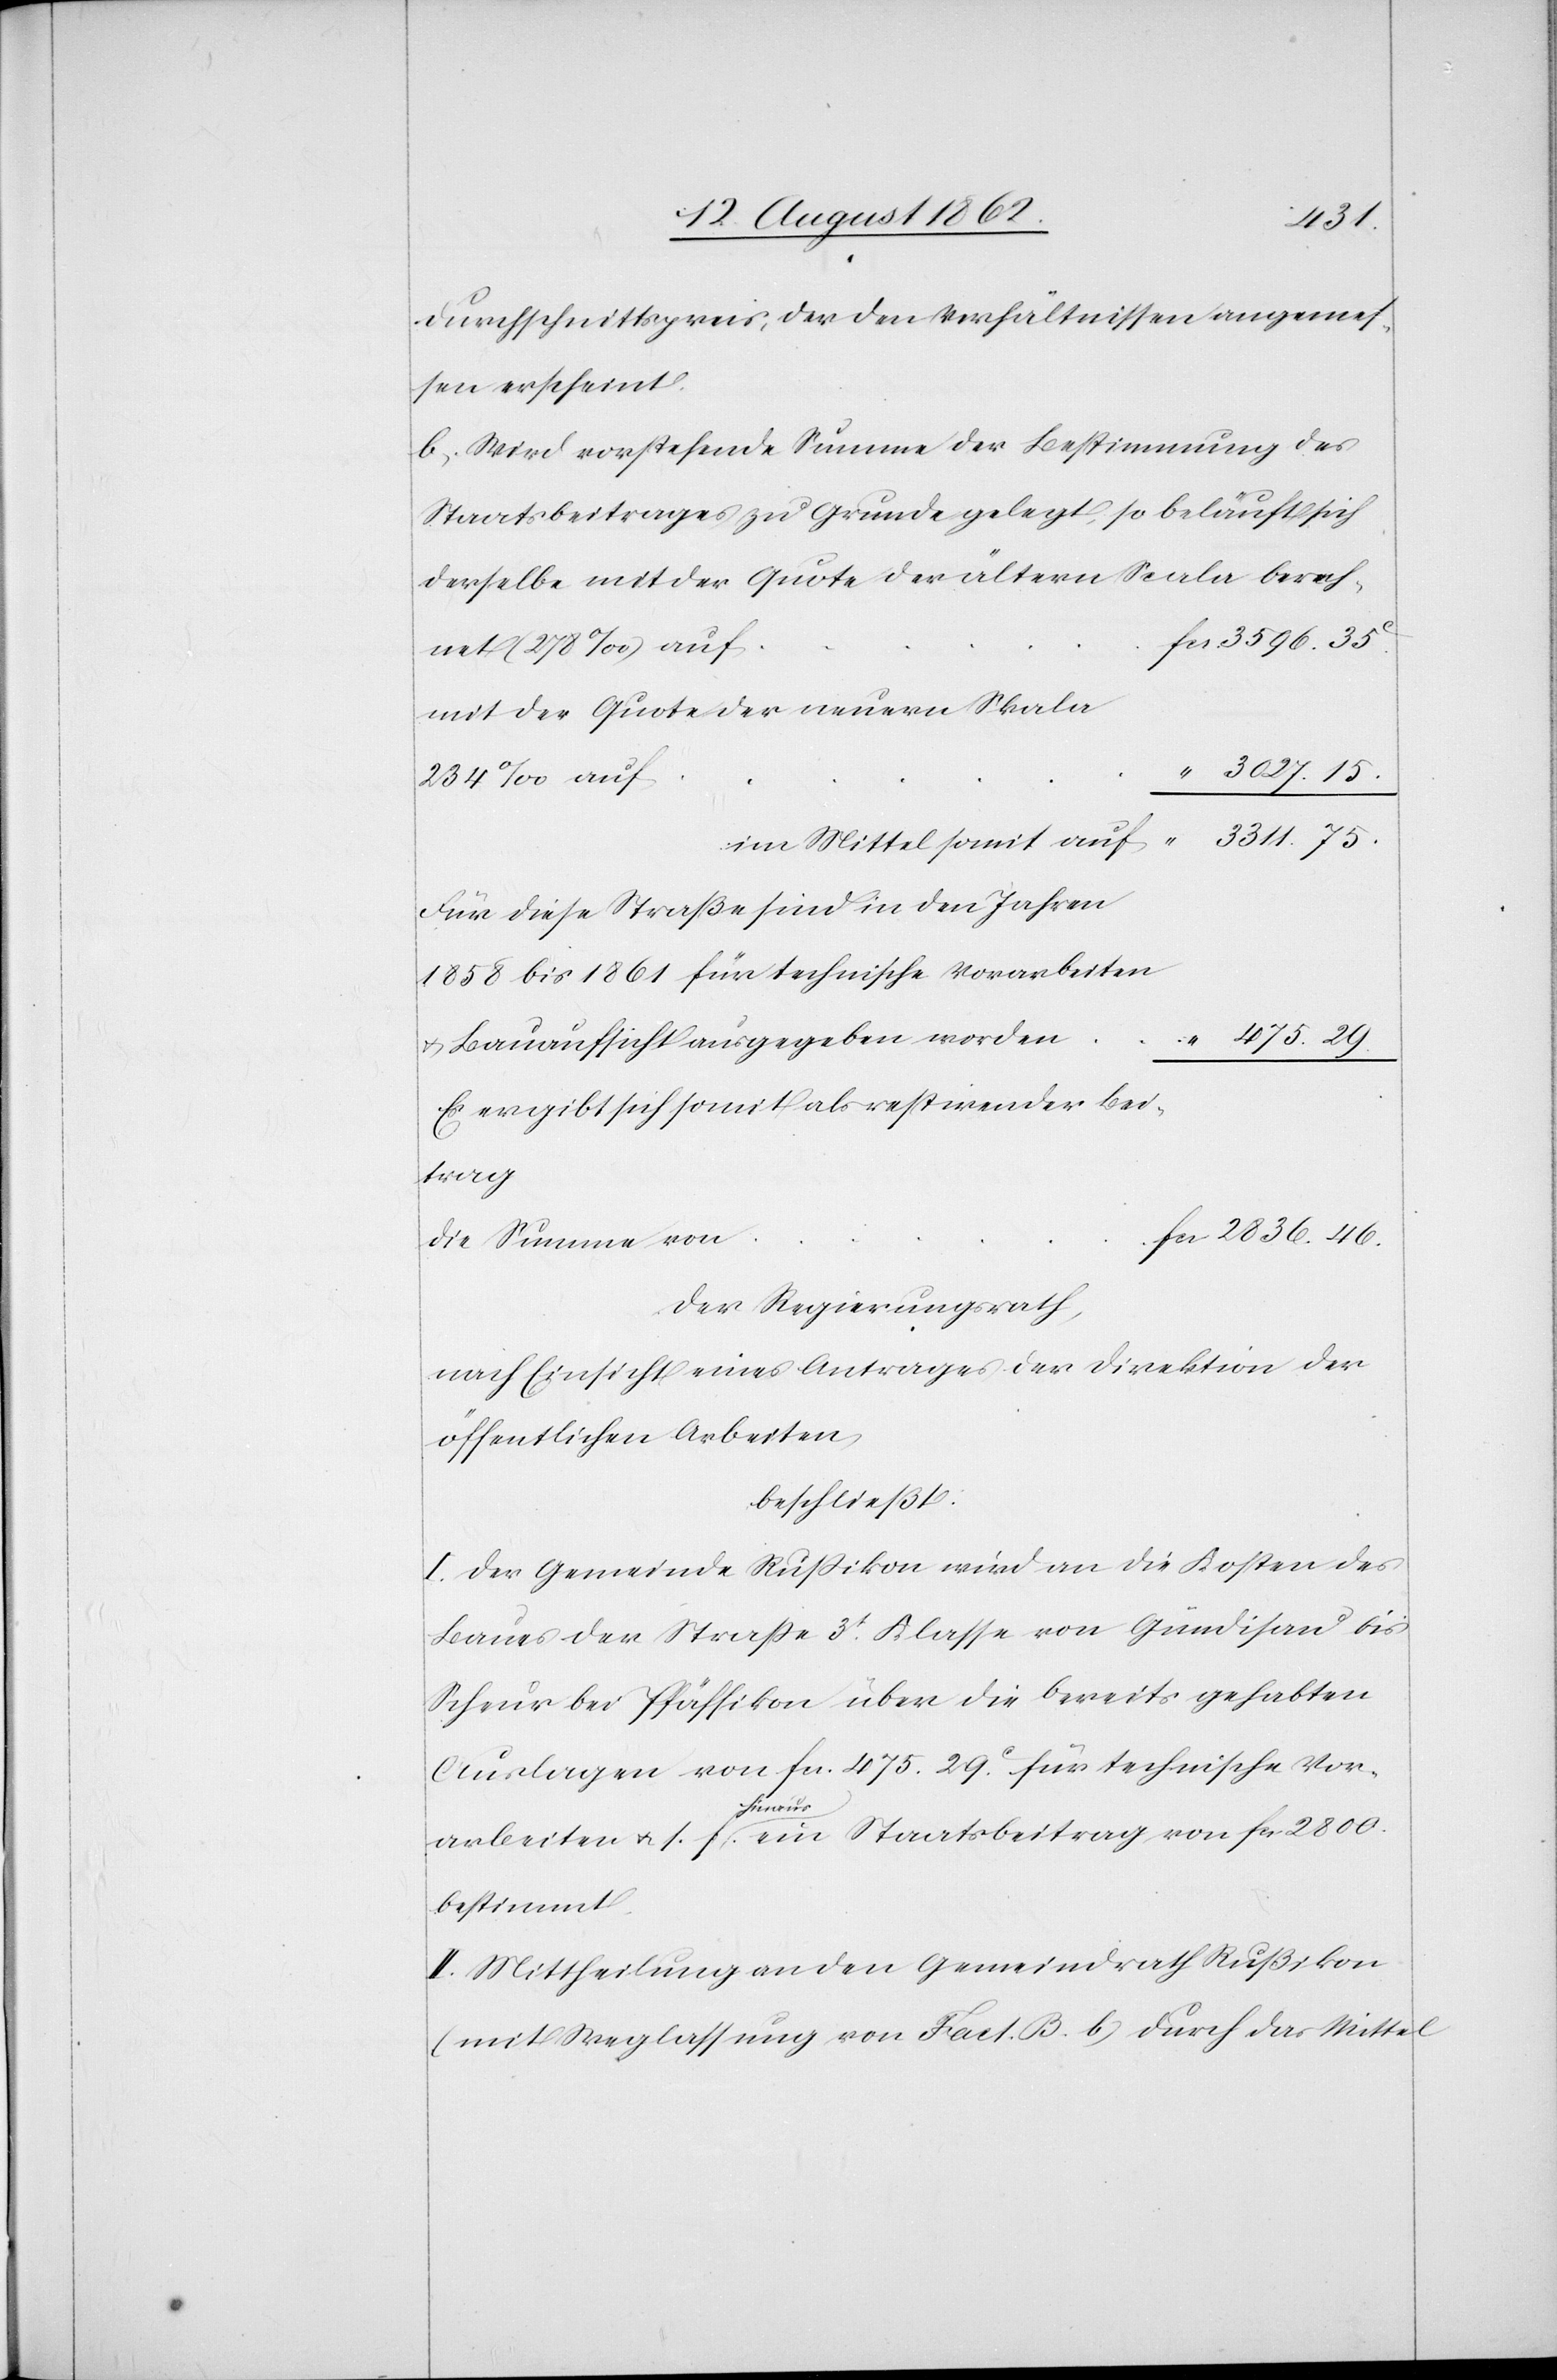
2836.
Durchschnittspreis, der den Verhältnissen angemes¬
sen erscheint.
b. Wird vorstehende Summe der Bestimmung des
Staatsbeitrages zu Grunde gelegt, so beläuft sich
derselbe mit der Quote der ältern Scala berech¬
net (278‰) auf
mit der Quote der neuern Skala
234‰ auf
im Mittel somit auf
Für diese Straße sind in den Jahren
1858 bis 1861 für technische Vorarbeiten
46.
u. Bauaufsicht ausgegeben worden
“
Es ergibt sich somit als restirender Bet¬
die Summe von
Der Regierungsrath,
nach Einsicht eines Antrages der Direktion der
öffentlichen Arbeiten,
beschließt:
I. Der Gemeinde Rußikon wird an die Kosten des
Baues der Straße 3t Klasse von Gündisau bis
Scheur bei Pfäffikon über die bereits gehabten
Auslagen von fcs. 475. 29C für technische Vor¬
arbeiten u. s. f. hinaus ein Staatsbeitrag von fcs. 2800
bestimmt.
II. Mittheilung an den Gemeindrath Rußikon
(mit Weglassung von Fact. B. b) durch das Mittel